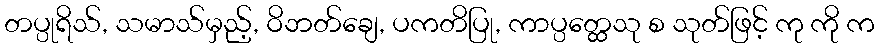
တပ္ပုရိသ်, သမာသ်မှည့်, ဝိဘတ်ချေ, ပကတိပြု, ကာပ္ပတ္ထေသု စ သုတ်ဖြင့် ကု ကို က